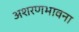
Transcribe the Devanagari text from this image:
अशरणभावना